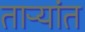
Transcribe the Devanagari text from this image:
ताऱ्यांत